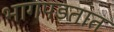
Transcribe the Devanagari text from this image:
भागपडतात